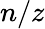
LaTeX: n/z